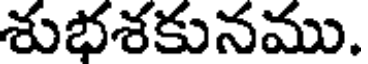
శుభశకునము.